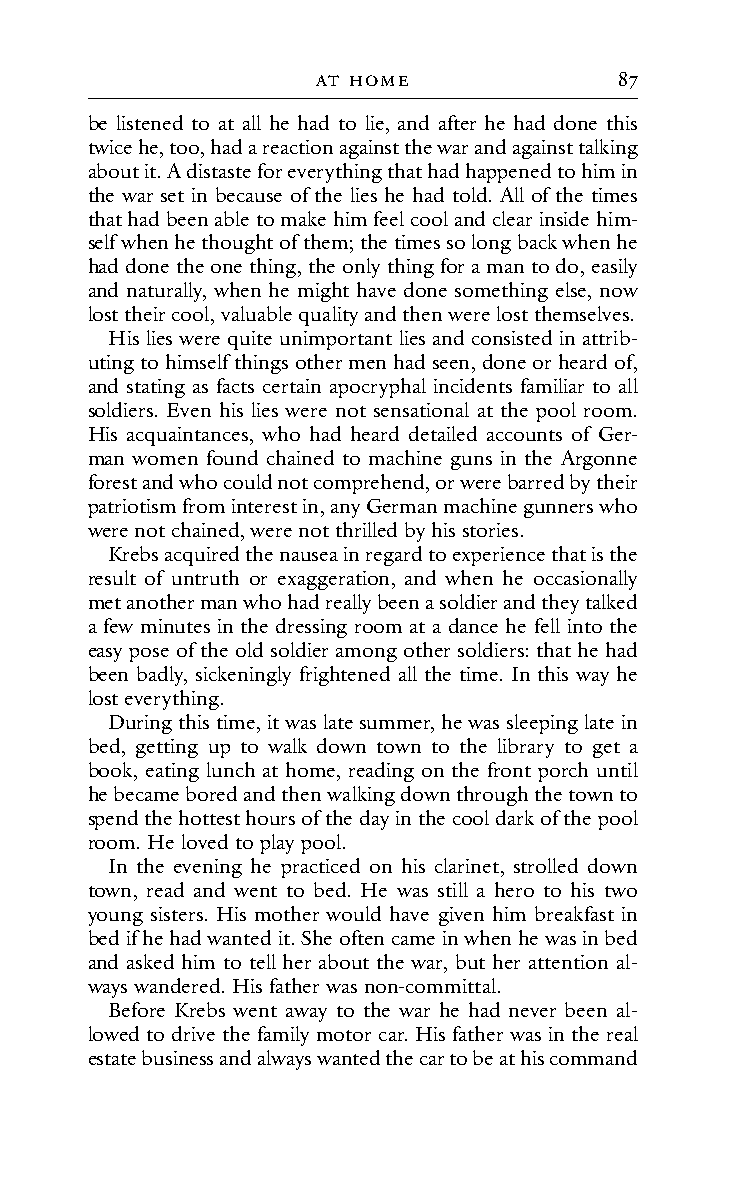
At HoMe             87
 be listened to at all he had to lie, and after he had done this
 twice he, too, had a reaction against the war and against talking
 about it. A distaste for everything that had happened to him in
 the war set in because of the lies he had told. All of the times
 that had been able to make him feel cool and clear inside him-
 self when he thought of them; the times so long back when he
 had done the one thing, the only thing for a man to do, easily
 and naturally, when he might have done something else, now
 lost their cool, valuable quality and then were lost themselves.
 His lies were quite unimportant lies and consisted in attrib-
 uting to himself things other men had seen, done or heard of,
 and stating as facts certain apocryphal incidents familiar to all
 soldiers. Even his lies were not sensational at the pool room.
 His acquaintances, who had heard detailed accounts of Ger-
 man women found chained to machine guns in the Argonne
 forest and who could not comprehend, or were barred by their
 patriotism from interest in, any German machine gunners who
 were not chained, were not thrilled by his stories.
 Krebs acquired the nausea in regard to experience that is the
 result of untruth or exaggeration, and when he occasionally
 met another man who had really been a soldier and they talked
 a few minutes in the dressing room at a dance he fell into the
 easy pose of the old soldier among other soldiers: that he had
 been badly, sickeningly frightened all the time. In this way he
 lost everything.
 During this time, it was late summer, he was sleeping late in
 bed, getting up to walk down town to the library to get a
 book, eating lunch at home, reading on the front porch until
 he became bored and then walking down through the town to
 spend the hottest hours of the day in the cool dark of the pool
 room. He loved to play pool.
 In the evening he practiced on his clarinet, strolled down
 town, read and went to bed. He was still a hero to his two
 young sisters. His mother would have given him breakfast in
 bed if he had wanted it. She often came in when he was in bed
 and asked him to tell her about the war, but her attention al-
 ways wandered. His father was non-committal.
 Before Krebs went away to the war he had never been al-
 lowed to drive the family motor car. His father was in the real
 estate business and always wanted the car to be at his command